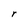
Character: r